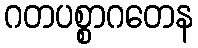
ဂတပစ္စာဂတေန